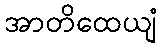
အာတိထေယျံ